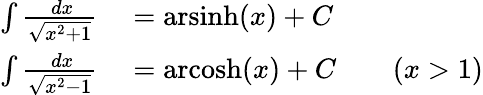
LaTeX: \begin{array}{rl}{\int{\frac{\ dx}{\sqrt{x^{2}+1}}}}&{{}={\mathrm{arsinh}}(x)+C}\\ {\int{\frac{\ dx}{\sqrt{x^{2}-1}}}}&{{}={\mathrm{arcosh}}(x)+C\qquad(x>1)}\end{array}